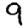
Digit: 9